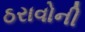
ઠરાવોની